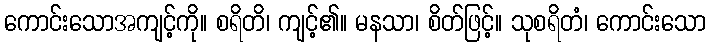
ကောင်းသောအကျင့်ကို။ စရိတိ၊ ကျင့်၏။ မနသာ၊ စိတ်ဖြင့်။ သုစရိတံ၊ ကောင်းသော